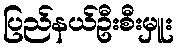
ပြည်နယ်ဦးစီးမှူး